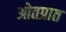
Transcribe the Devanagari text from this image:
ओतप्रात